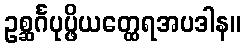
ဥစ္ဆင်္ဂပုပ္ဖိယတ္ထေရအပဒါန။